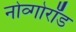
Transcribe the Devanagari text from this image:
नोव्गोरॉड